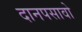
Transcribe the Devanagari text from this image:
दानपसावो